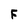
Character: F